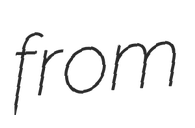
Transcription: from